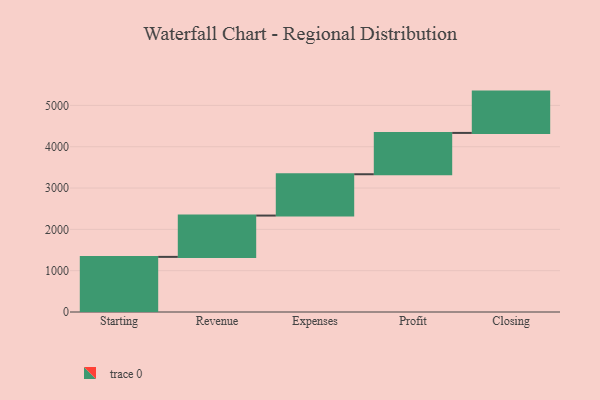
{"axis": {"x": "Step", "y": "Value"}, "legend": [""], "data": [{"x": "Starting", "y": 1334.0, "type": ""}, {"x": "Revenue", "y": 1000, "type": ""}, {"x": "Expenses", "y": 1000, "type": ""}, {"x": "Profit", "y": 1000, "type": ""}, {"x": "Closing", "y": 1000, "type": ""}]}